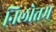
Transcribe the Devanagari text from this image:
निलोत्तम